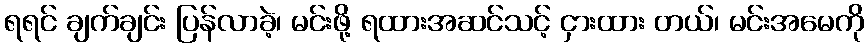
ရရင် ချက်ချင်း ပြန်လာခဲ့၊ မင်းဖို့ ရထားအဆင်သင့် ငှားထား တယ်၊ မင်းအမေကို